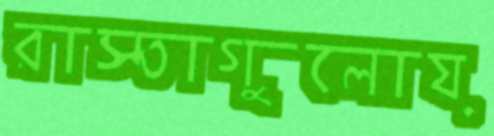
রাস্তাগুলোয়